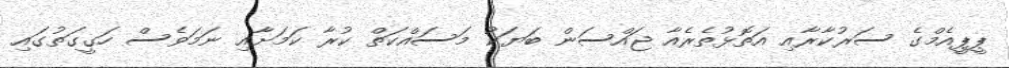
ޕީޕީއެމްގެ ސަރުކާރާއި އަތޮޅުތެރެއާ ޖައްސަން ބަޔަކު މަސައްކަތް ކުރާ ކަަމަށާއި ނަމަވެސް ހަގީގަތުގައި